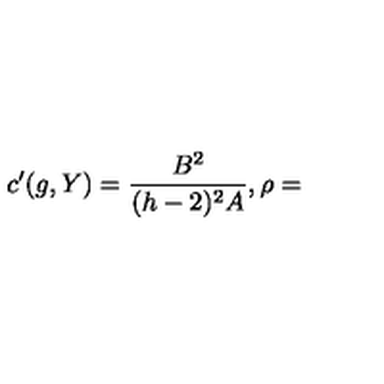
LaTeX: c ^ { \prime } ( g , Y ) = \frac { B ^ { 2 } } { ( h - 2 ) ^ { 2 } A } , \rho =